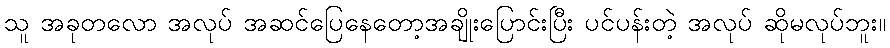
သူ အခုတလော အလုပ် အဆင်ပြေနေတော့အချိုးပြောင်းပြီး ပင်ပန်းတဲ့ အလုပ် ဆိုမလုပ်ဘူး။